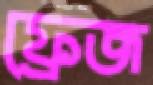
ফ্রেজ